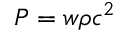
P = w \rho c ^ { 2 }